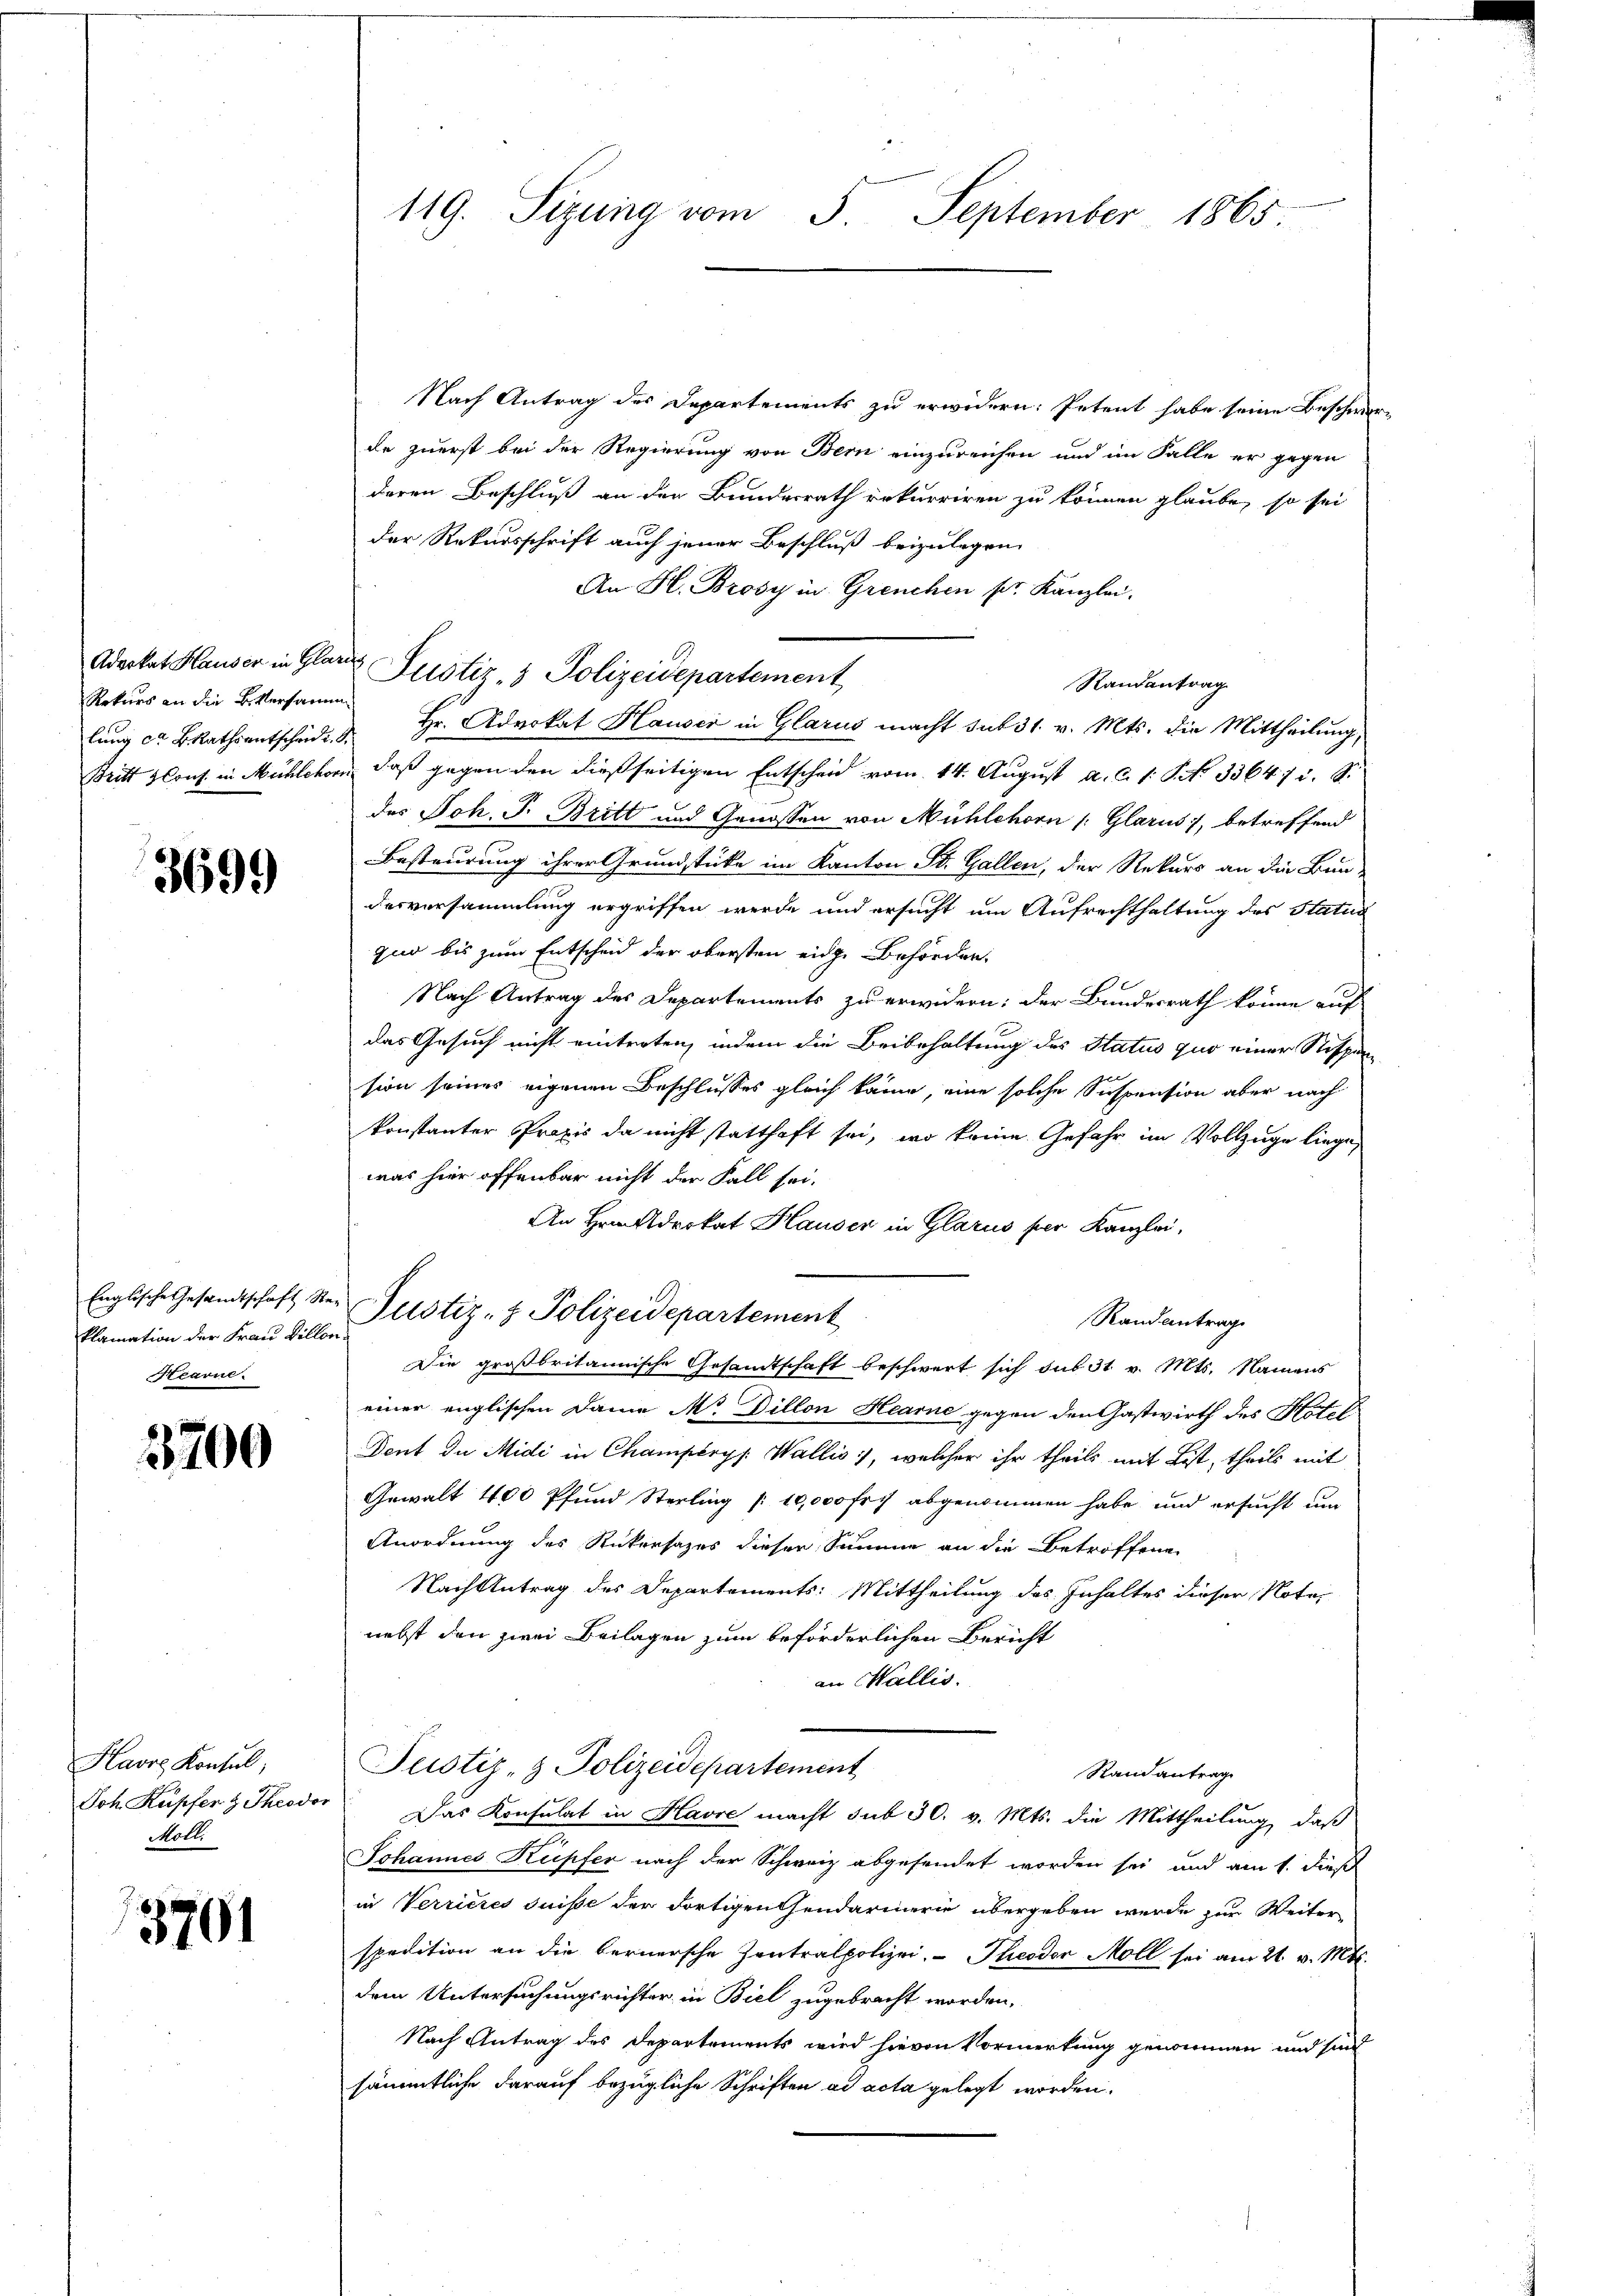
Rekurs an die Versamm

3699

klamation der Frau Billon
Hearne.

3700

Havre Konsul,
Möll

3791

Nach Antrag des Departements zu erwidern: Petent habe seine Beschwe
de zuerst bei der Regierung von Bern einzureichen und im Falle er gegen
deren Beschluß an der Bundesrath rekurriren zu können glaube, so sei
der Rekursschrift auch jener Beschluß beizulegen.
An Hl. Brosy in Grenchen pr. Kanzlei.
Randantrag
lŭng ca BRathsantschudi Hr. Advokat Hauser in Glarus macht sub 31. v. Mts. die Mittheilung,
Britt auf in Mühlehorn, daß gegen den dießseitigen Entscheid vom 14. August a. c. 1 S. No 33647 i. S.
des Joh. J. Britt und Genossen von Mühlehorn /: Glarus, betreffend
Besteurung ihrer Grundstücke im Kanton St. Gallen, der Rekurs an die Bun-
desversammlung ergriffen werde und ersucht um Aufrechthaltung des Status
zuo bis zum Entscheid der obersten eige Behörden,
Nach Antrag des Departements zu erwidern: der Bundesrath könne auf
das Gesuch nicht eintreten, indem die Beibehaltung des Status quo einer Stispension seines eigenen Beschlusses gleich kann, eine solche Suspension aber nach
konstanter Praxis da nicht statthaft sei, wo keine Gefahr im Vollzuge liege,
was hier offenbar nicht der Fall sei.
An Hrnn Advokat Hauser in Glarus ser Kanzlei,
Englische Gesandtschaft Ster Justiz- & Polizeidepartement
Randantrag
Die großbritannische Gesamtschaft beschwert sich sub 31 v. Mts. Namens
einer englischen Dame Mr. Dillon Hearne gegen den Gastwirth des Hotel
Dent du Midi in Champéryp. Wallis), welcher ihr theils mit List, theils mit
Gewalt 400 Pfund Sterling / 10,000 Fr. abgenommen habe, und ersucht um
Anordnung des Rükersages dieser Summe an die Betroffene
Nach Antrag des Departements: Mittheilung des Inhaltes dieser Notar
nebst den zwei Beilagen zum beförderlichen Bericht
an Wallis.
Justiz- & Polizeidepartement
Randantrag
Joh Kupfer z Theodor. Das Konsulat in Havre macht sub 30. v. Mts. die Mittheilung, daß
Johannes Kupfer nach der Schweiz abgesendet worden sei und am 1. dieß
in Verrieres Suisse der Fortigen Gendarmerie übergeben wurde zur Weiter
spedition an die bernersche Zentralpolizei, - Theodor Moll sei am 21. v. Mts.
dem Untersuchungsrichter in Biel zugebracht worden,
Nach Antrag des Departements wird hievon Vormerkung genommen und sind
sämmtliche darauf bezügliche Schriften ad acta gelegt worden.

119. Sizung vom 5. September 1865.

Aderkat Hauser in Glarus Justiz- & Polizeidepartement